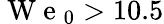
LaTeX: \mathrm{~W~e~}_{0}>10.5